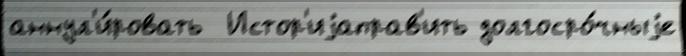
аннул'и́ровать  Истор'иjаправ'ить долгосро́чныjе